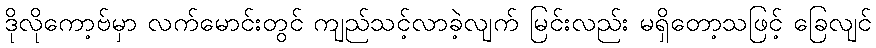
ဒိုလိုကော့ဗ်မှာ လက်မောင်းတွင် ကျည်သင့်လာခဲ့လျက် မြင်းလည်း မရှိတော့သဖြင့် ခြေလျင်